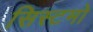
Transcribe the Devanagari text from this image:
सिस्टमो